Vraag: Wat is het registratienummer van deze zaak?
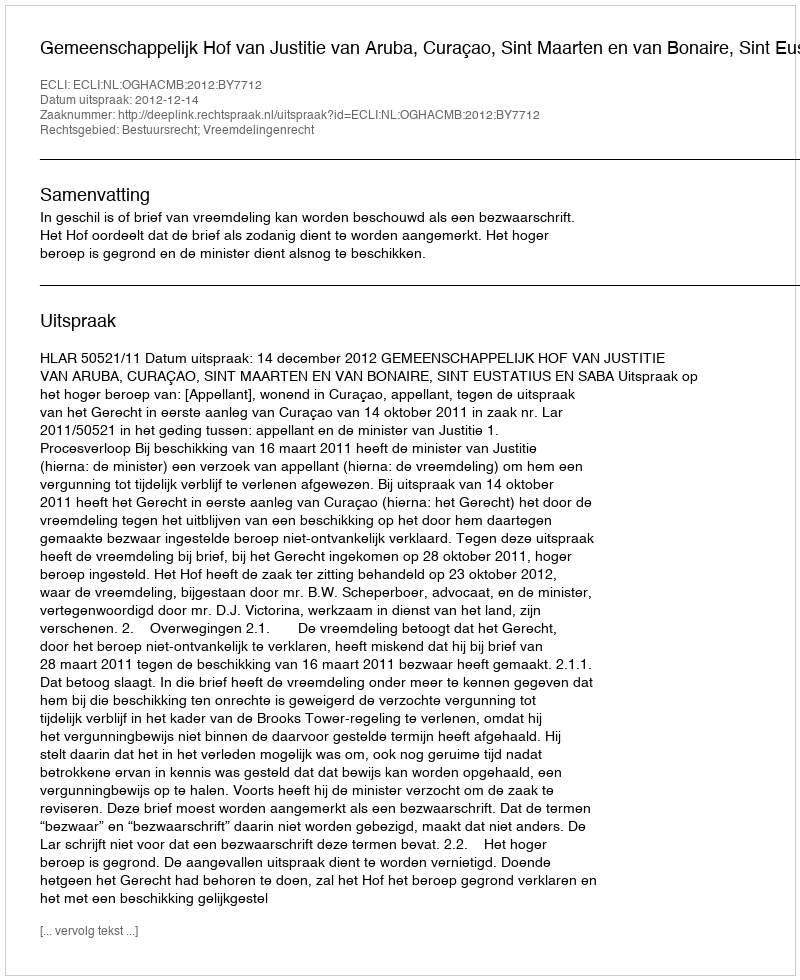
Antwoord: http://deeplink.rechtspraak.nl/uitspraak?id=ECLI:NL:OGHACMB:2012:BY7712